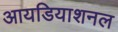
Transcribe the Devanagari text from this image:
आयडियाशनल